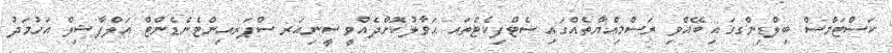
ކަސްޓަމްސް ބިލްޑިންގގައި ބޭއްވި ރަސްމިއްޔާތެއްގައި ސެޓްފިކެޓްތައ ޙަވާލުކޮށްދެއްވީ ސީނިއަރ ސްޕަރއިންޓެންޑެންޓް އަލްފާޟިލް އަހުމަދު